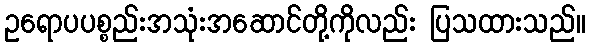
ဥရောပပစ္စည်းအသုံးအဆောင်တို့ကိုလည်း ပြသထားသည်။